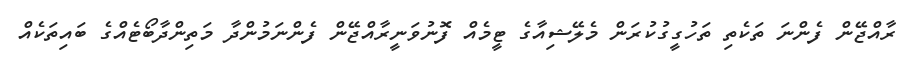
ރާއްޖޭން ފެންނަ ތަކެތި ތަހުގީގުކުރަން މެލޭޝިއާގެ ޓީމެއް ފޮނުވަނީރާއްޖޭން ފެންނަމުންދާ މަތިންދާބޯޓެއްގެ ބައިތަކެއް